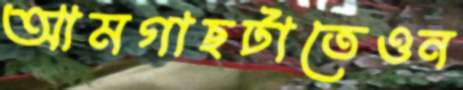
আমগাছটাতেওন